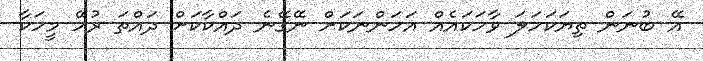
އޭ ބުނަން ތިޔަކަހަލަ ވާހަކައެއް އަހަންނަކަށް ނޭގޭނެ ދައްކާކަށް ދައްތަ ރުހޭ މީހަކާ